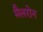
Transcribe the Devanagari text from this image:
मैलरोन